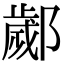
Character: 𨞣